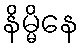
နိမ္မိနေ